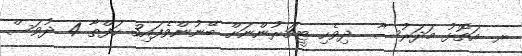
ރ. އަތޮޅު މަދަރުސާ  ދިވެހި ޓީޗަރުންނަށް ބޭނުންވެފައި3 ހަފްތާ 4 ދުވަސް